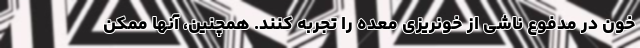
خون در مدفوع ناشی از خونریزی معده را تجربه کنند. همچنین، آنها ممکن